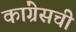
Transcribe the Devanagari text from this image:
कांग्रेसची